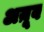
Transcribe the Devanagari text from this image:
अय़ूब